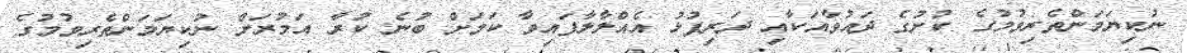
ނުކިޔަމަންތެރިވުމުގެ ކުށުގެ ދައުވާއަކާއި ދަރިފުޅު އެއްލާލާފައިވާ ކަމަށް ބުނެ ކުރާ އަމުރަށް ނުކިޔަމަންތެރިވުމުގެ